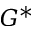
G ^ { * }